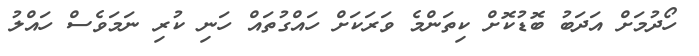
ހޯދުމަށް އަދަބު ބޮޑުކޮށް ކިތަންމެ ވަރަކަށް ހައްގުތައް ހަނި ކުރި ނަމަވެސް ހައްލު